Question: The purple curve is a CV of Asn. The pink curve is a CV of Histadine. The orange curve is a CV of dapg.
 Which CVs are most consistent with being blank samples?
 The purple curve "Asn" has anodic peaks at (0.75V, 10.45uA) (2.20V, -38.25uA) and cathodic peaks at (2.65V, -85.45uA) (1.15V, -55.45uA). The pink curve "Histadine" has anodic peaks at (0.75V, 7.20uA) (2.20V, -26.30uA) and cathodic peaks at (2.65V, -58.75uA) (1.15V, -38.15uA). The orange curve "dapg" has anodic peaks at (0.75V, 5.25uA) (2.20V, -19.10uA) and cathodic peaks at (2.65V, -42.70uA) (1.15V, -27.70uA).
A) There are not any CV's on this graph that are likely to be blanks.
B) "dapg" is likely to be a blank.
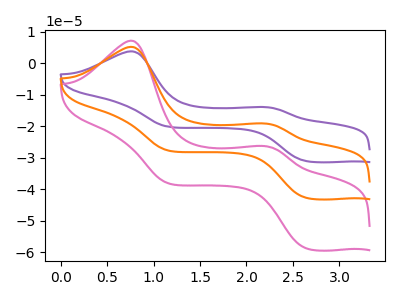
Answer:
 <answer>A) There are not any CV's on this graph that are likely to be blanks.</answer>
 <eval>A</eval>